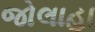
જોલાહા